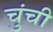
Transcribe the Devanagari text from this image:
चुंची